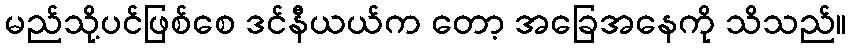
မည်သို့ပင်ဖြစ်စေ ဒင်နီယယ်က တော့ အခြေအနေကို သိသည်။